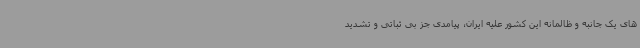
های یک جانبه و ظالمانه این کشور علیه ایران، پیامدی جز بی ثباتی و تشدید